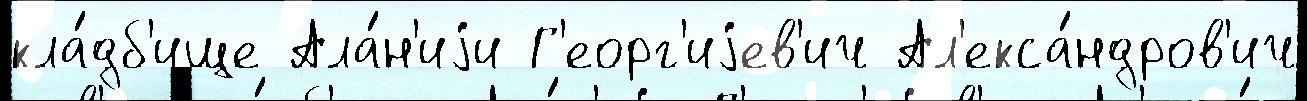
кла́дб'ище Ала́н'иjи Г'еорг'иjев'ич Ал'екса́ндров'ич